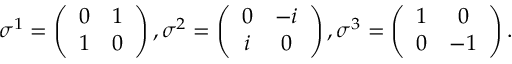
\sigma ^ { 1 } = \left( \begin{array} { c c } { { 0 } } & { { 1 } } \\ { { 1 } } & { { 0 } } \end{array} \right) , \sigma ^ { 2 } = \left( \begin{array} { c c } { { 0 } } & { { - i } } \\ { { i } } & { { 0 } } \end{array} \right) , \sigma ^ { 3 } = \left( \begin{array} { c c } { { 1 } } & { { 0 } } \\ { { 0 } } & { { - 1 } } \end{array} \right) .